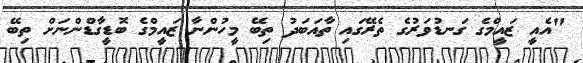
"އެއީ ޒައީމްގެ ގަނޑުވަރުގެ ތެރޭގައި ތާއަބަދު ތިބޭ މީހުންނާ ޒައީމްގެ ބޮޑީގާޑްންނަށް ތިބޭ